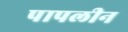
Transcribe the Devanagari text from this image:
पापलीन